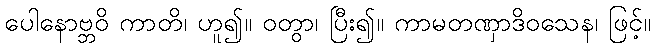
ပေါနောဗ္ဘဝိ ကာတိ၊ ဟူ၍။ ဝတွာ၊ ပြီး၍။ ကာမတဏှာဒိဝသေန၊ ဖြင့်။